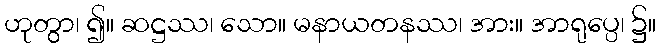
ဟုတွာ၊ ၍။ ဆဋ္ဌဿ၊ သော။ မနာယတနဿ၊ အား။ အာရုပ္ပေ၊ ၌။